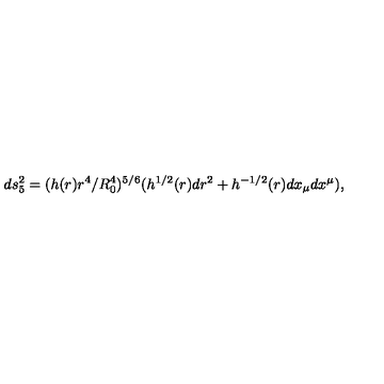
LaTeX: d s _ { 5 } ^ { 2 } = ( h ( r ) r ^ { 4 } / R _ { 0 } ^ { 4 } ) ^ { 5 / 6 } ( h ^ { 1 / 2 } ( r ) d r ^ { 2 } + h ^ { - 1 / 2 } ( r ) d x _ { \mu } d x ^ { \mu } ) ,